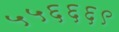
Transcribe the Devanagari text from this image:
५५६६६९